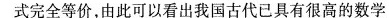
式完全等价，由此可以看出我国古代已具有很高的数学